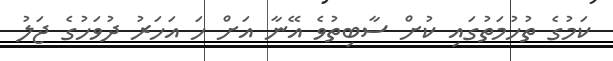
ކަމުގެ ތުހުމަތުގައި ކުށް ސާބިތުވެ އޭނާ އަށް ހަ އަހަރު ދުވަހުގެ ޖަލު